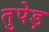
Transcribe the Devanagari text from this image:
तुपेड़